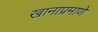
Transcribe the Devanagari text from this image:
खानाप्रमाणे